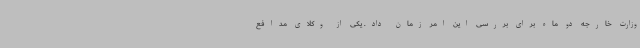
وزارت خارجه دو ماه برای بررسی این امر زمان داد. یکی از وکلای مدافع